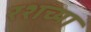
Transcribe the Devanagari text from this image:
रशच्या